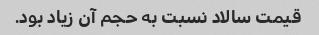
قیمت سالاد نسبت به حجم آن زیاد بود.